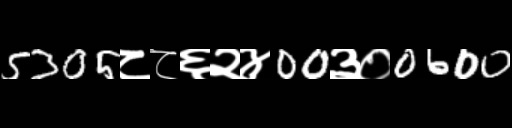
Text: 5305८८६२४00३०0600